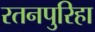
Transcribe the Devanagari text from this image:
रतनपुरिहा